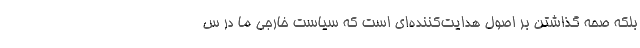
بلکه صحه گذاشتن بر اصول هدایت‌کننده‌ای است که سیاست خارجی ما در س